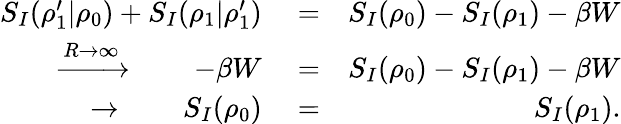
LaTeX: \begin{array}{rlr}{S_{I}(\rho_{1}^{\prime}|\rho_{0})+S_{I}(\rho_{1}|\rho_{1}^{\prime})}&{{}=}&{S_{I}(\rho_{0})-S_{I}(\rho_{1})-\beta W}\\ {\xrightarrow{R\rightarrow\infty}\qquad-\beta W}&{{}=}&{S_{I}(\rho_{0})-S_{I}(\rho_{1})-\beta W}\\ {\rightarrow\qquad S_{I}(\rho_{0})}&{{}=}&{S_{I}(\rho_{1}).}\end{array}